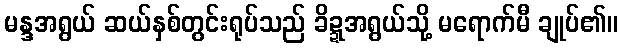
မန္ဒအရွယ် ဆယ်နှစ်တွင်းရုပ်သည် ခိဍ္ဍအရွယ်သို့ မရောက်မီ ချုပ်၏။